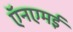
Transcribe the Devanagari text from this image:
ऍनएमई